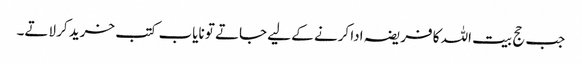
جب حج بیت اللہ کا فریضہ ادا کرنے کے لیے جاتے تو نایاب کتب خرید کر لاتے۔